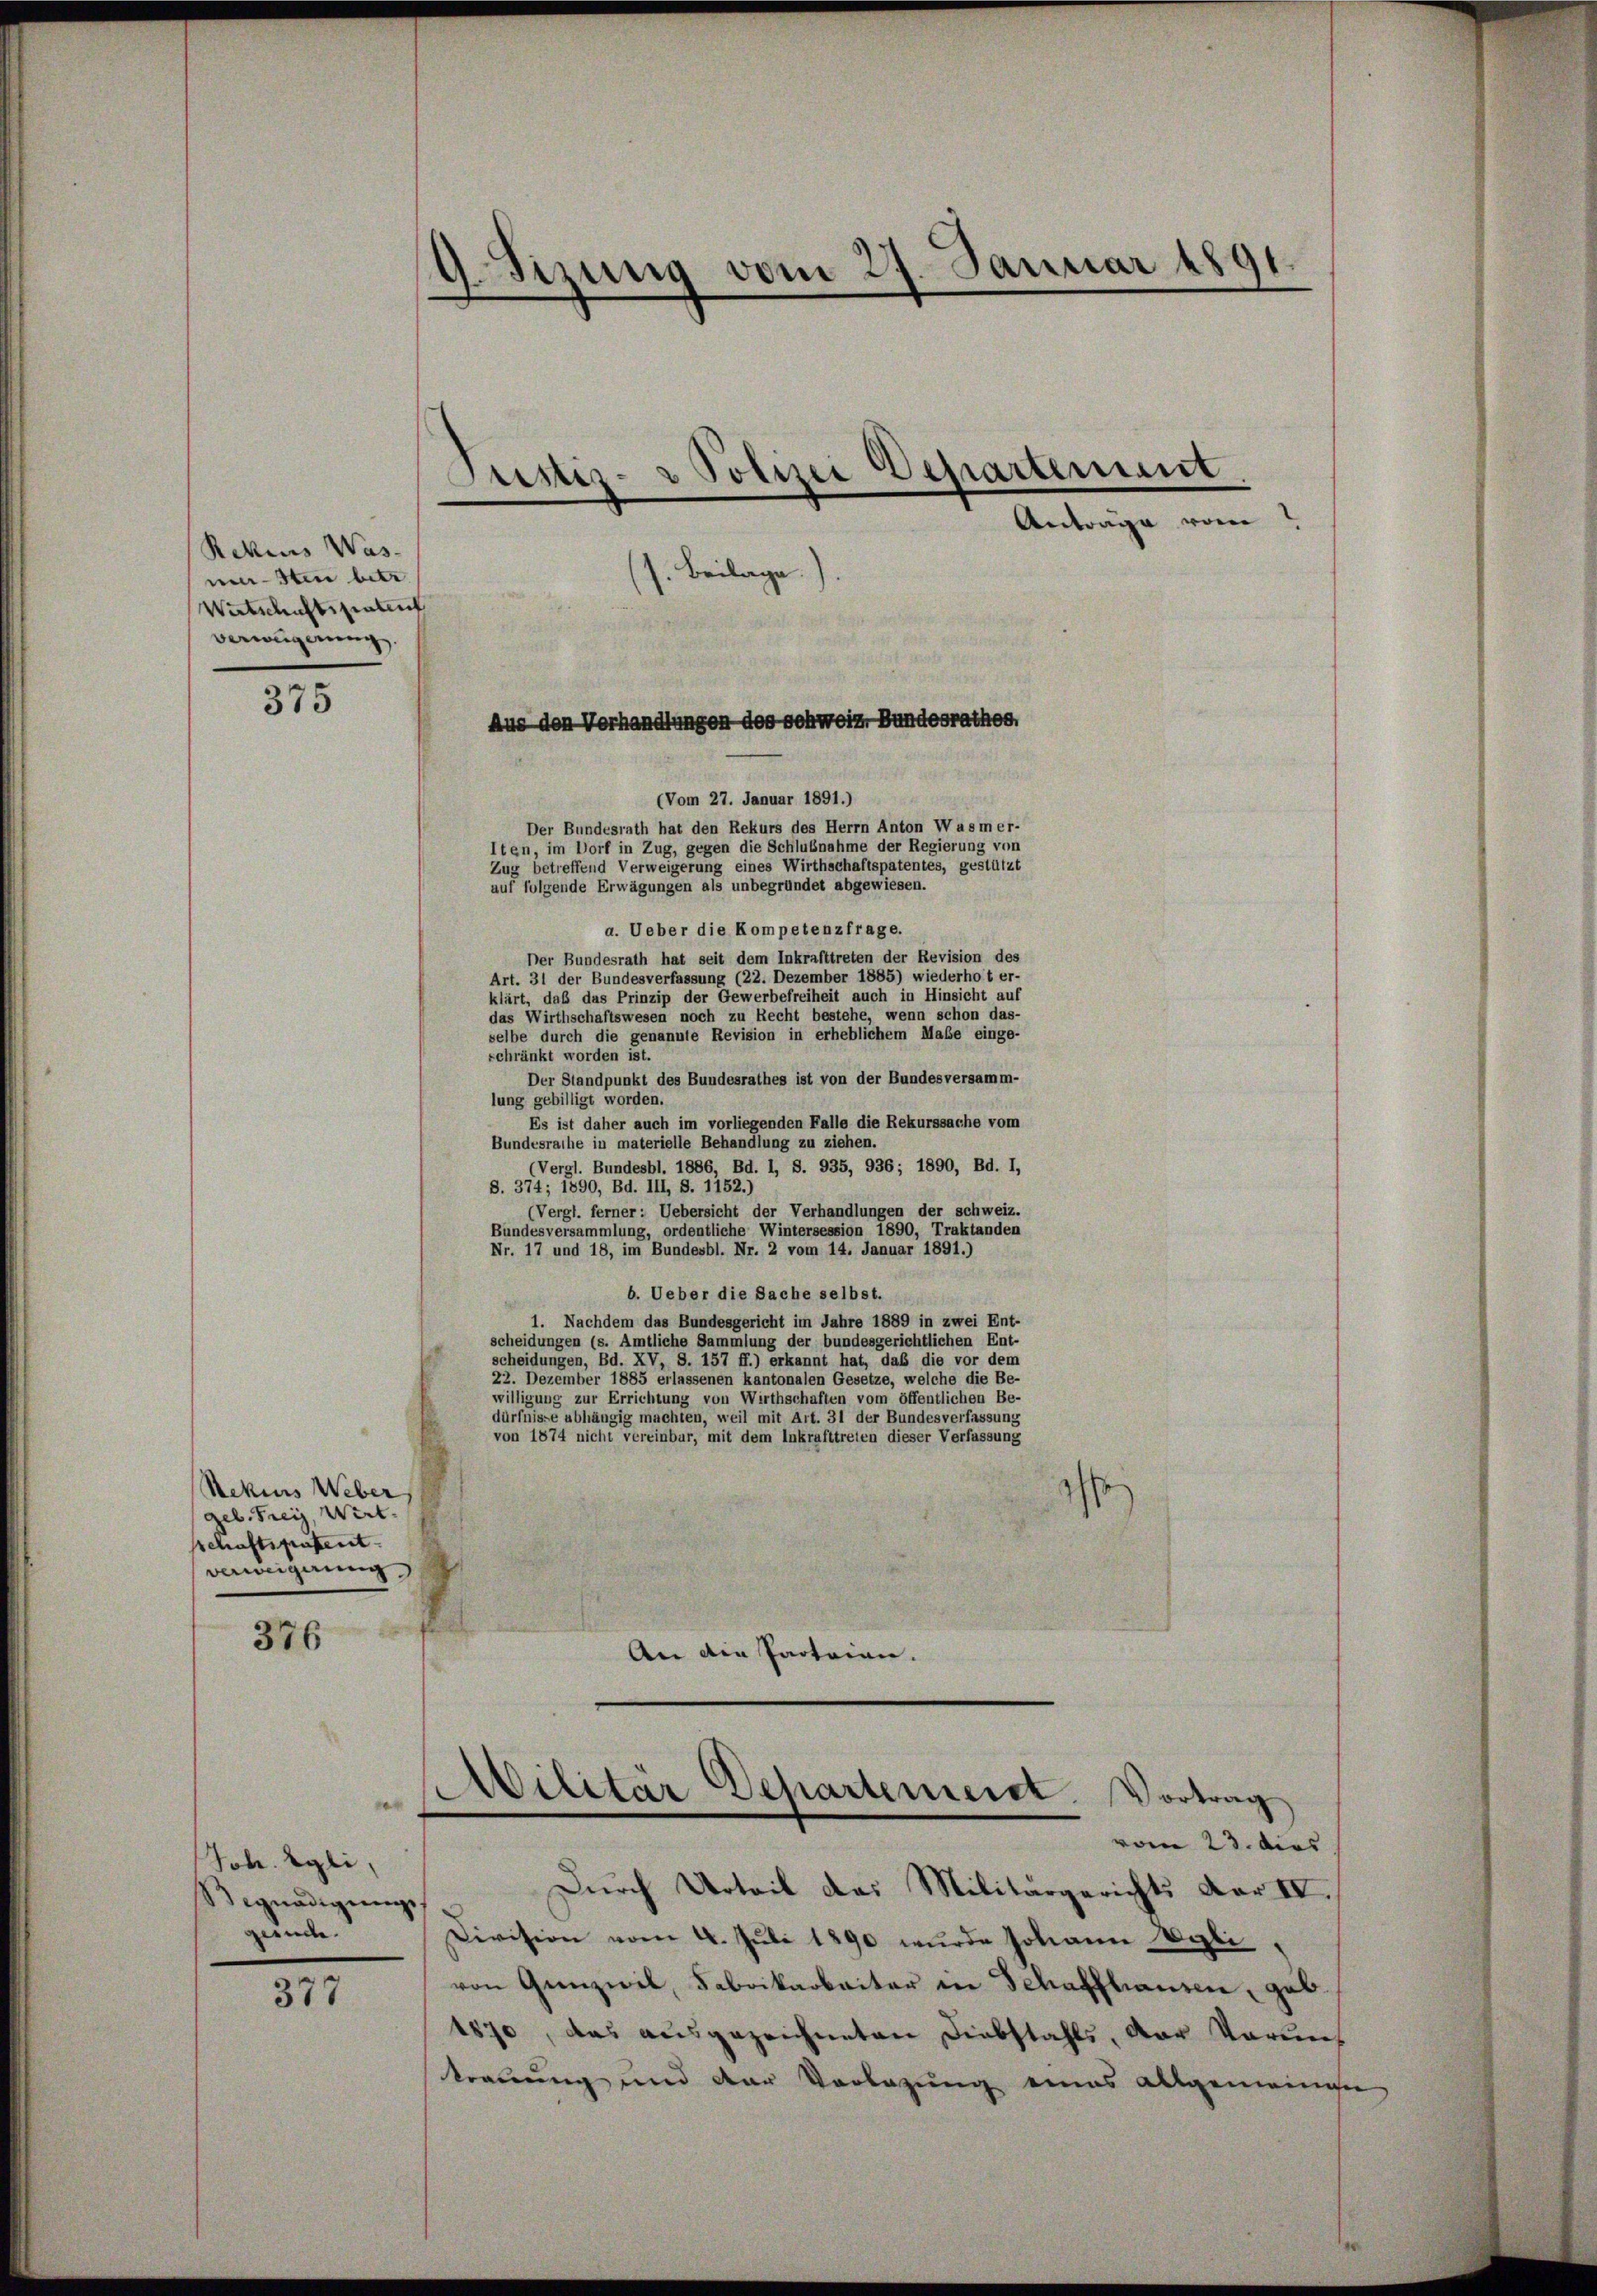
Rekius Wasmasten betr.
Wirtschaftspatent
verweigerung

(Vom 27. Januar 1891.)
Der Bundesrath hat den Rekurs des Herrn Anton Was mer-
Iten, im Dorf in Zug, gegen die Schlußnahme der Regierung von
Zug betreffend Verweigerung eines Wirthschaftspatentes, gestützt
auf folgende Erwägungen als unbegründet abgewiesen.
a. Ueber die Kompetenzfrage.
Der Bundesrath hat seit dem Inkrafttreten der Revision des
Art. 31 der Bundesverfassung (22. Dezember 1885) wiederhot er-
klärt, daß das Prinzip der Gewerbefreiheit auch in Hinsicht auf
das Wirthschaftswesen noch zu Recht bestehe, wenn schon das-
selbe durch die genannte Revision in erheblichem Maße einge-
schränkt worden ist.
Der Standpunkt des Bundesrathes ist von der Bundesversamm-
lung gebilligt worden.
Es ist daher auch im vorliegenden Falle die Rekurssache vom
Bundesrathe in materielle Behandlung zu ziehen.
(Vergl. Bundesbl. 1886, Bd. I, S. 935, 936; 1890, Bd. I,
S. 374; 1890, Bd. III, S. 1152.)
(Vergl. ferner: Uebersicht der Verhandlungen der Schweiz.
Bundesversammlung, ordentliche Wintersession 1890, Traktanden
Nr. 17 und 18, im Bundesbl. Nr. 2 vom 14. Januar 1891.)
b. Ueber die Sache selbst.
1. Nachdem das Bundesgericht im Jahre 1889 in zwei Ent-
scheidungen (s. Amtliche Sammlung der bundesgerichtlichen Ent-
scheidungen, Bd. XV, S. 157 ff.) erkannt hat, daß die vor dem
22. Dezember 1885 erlassenen kantonalen Gesetze, welche die Be-
willigung zur Errichtung von Wirthschaften vom öffentlichen Be-
dürfnisse abhängig machten, weil mit Art. 31 der Bundesverfassung
von 1874 nicht vereinbar, mit dem Inkrafttreten dieser Verfassung
Rekurs Weber
geb. Frey, Wirt.
schaftspastent
verweigerung
376
An die Parteien.
.
Militär Schartemend. Vortrag
e

Job. Egli,
Begnadigunge
gerücke.

375

377

G.Sirung vom 24. Januar 1891.

.

Justiz- & Polizei Departement
Antrage vom
s. Beilage).

Aus den Verhandlungen des Schweiz. Bundesrathes

vom 23. dies

Durch Urteil das Militärgerichts Dar IV.
Division vom 4. Juli 1890 wurde Johann Vili-
von Gezwil, Fabrikarbeiter in Schaffhausen, geb.
1870, das ausgezeichneten Diebstahls, der Voruntrauung und der Vorlegung eines allgemeinen